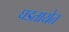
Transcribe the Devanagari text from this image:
घडतायेत